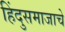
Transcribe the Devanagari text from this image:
हिंदुसमाजाचे